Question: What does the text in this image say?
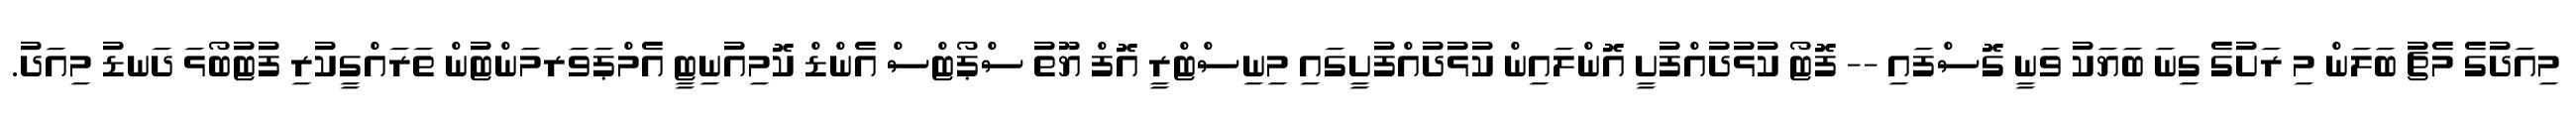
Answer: މިއަދުގެ މެޗު ބަލަން މި ރަށުގެ ގިނަ ބަޔަކު ވަނީ ގޮސްފައި -- ފޮޓޯ ކުޅުދުއްފުށީ އޮންލައިން ކުޅުދުއްފުށީގައި މިނިސްޓްރީ އޮފް ޔޫތު ސްޕޯޓްސް އެންޑް ކޮމިއުނިޓީ އެމްޕަވަރމަންޓުން ތަރައްގީކުރި ފުޓުބޯޅަ ދަނޑު މިއަދު.